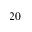
2 0